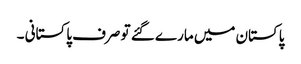
پاکستان میں مارے گئے تو صرف پاکستانی ۔